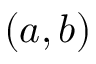
( a , b )